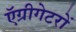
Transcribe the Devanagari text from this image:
ऍग्रीगेटरों